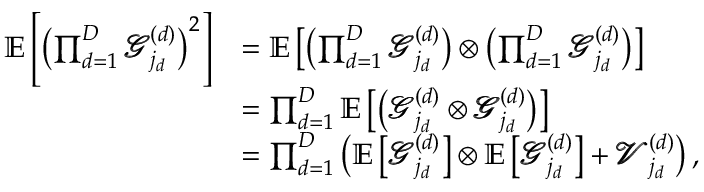
\begin{array} { r l } { \mathbb { E } \left[ \left( \prod _ { d = 1 } ^ { D } \pmb { \mathscr { G } } _ { j _ { d } } ^ { ( d ) } \right) ^ { 2 } \right] } & { = \mathbb { E } \left[ \left( \prod _ { d = 1 } ^ { D } \pmb { \mathscr { G } } _ { j _ { d } } ^ { ( d ) } \right) \otimes \left( \prod _ { d = 1 } ^ { D } \pmb { \mathscr { G } } _ { j _ { d } } ^ { ( d ) } \right) \right] } \\ & { = \prod _ { d = 1 } ^ { D } \mathbb { E } \left[ \left( \pmb { \mathscr { G } } _ { j _ { d } } ^ { ( d ) } \otimes \pmb { \mathscr { G } } _ { j _ { d } } ^ { ( d ) } \right) \right] } \\ & { = \prod _ { d = 1 } ^ { D } \left( \mathbb { E } \left[ \pmb { \mathscr { G } } _ { j _ { d } } ^ { ( d ) } \right] \otimes \mathbb { E } \left[ \pmb { \mathscr { G } } _ { j _ { d } } ^ { ( d ) } \right] + \pmb { \mathscr { V } } _ { j _ { d } } ^ { ( d ) } \right) , } \end{array}